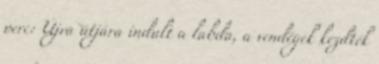
perc: Újra útjára indult a labda, a vendégek kezdték